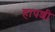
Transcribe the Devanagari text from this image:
हापशी